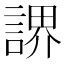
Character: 䛺